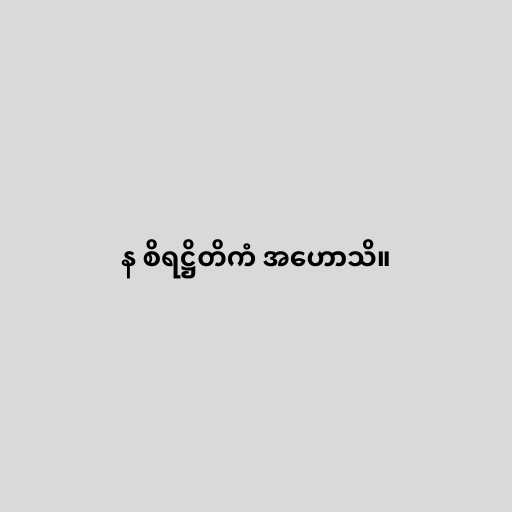
န စိရဋ္ဌိတိကံ အဟောသိ။